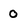
Character: o